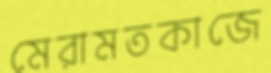
মেরামতকাজে